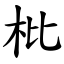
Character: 枇